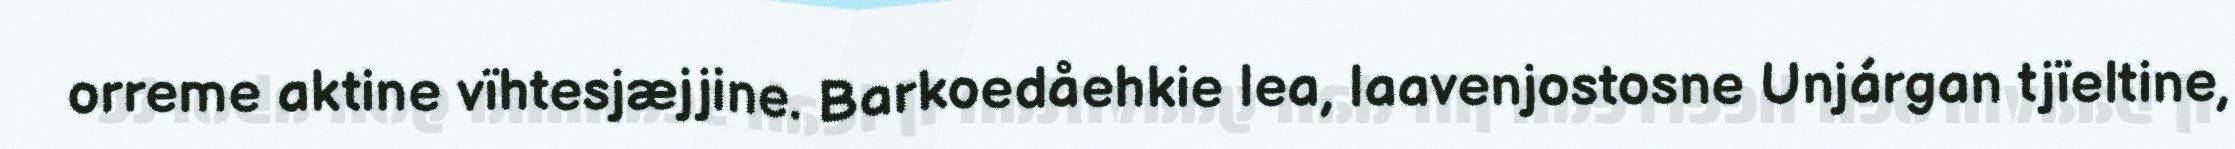
orreme aktine vïhtesjæjjine. Barkoedåehkie lea, laavenjostosne Unjárgan tjïeltine,